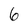
Character: 6